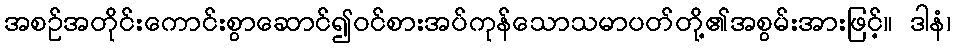
အစဉ်အတိုင်းကောင်းစွာဆောင်၍ဝင်စားအပ်ကုန်သောသမာပတ်တို့၏အစွမ်းအားဖြင့်။ ဒါနံ၊